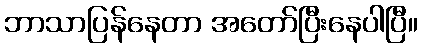
ဘာသာပြန်နေတာ အတော်ပြီးနေပါပြီ။